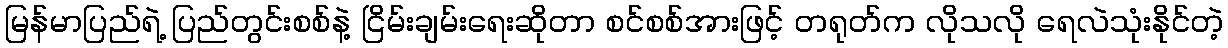
မြန်မာပြည်ရဲ့ ပြည်တွင်းစစ်နဲ့ ငြိမ်းချမ်းရေးဆိုတာ စင်စစ်အားဖြင့် တရုတ်က လိုသလို ရေလဲသုံးနိုင်တဲ့